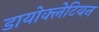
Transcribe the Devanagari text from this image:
डायोक्लेटियन